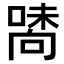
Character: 𠽘